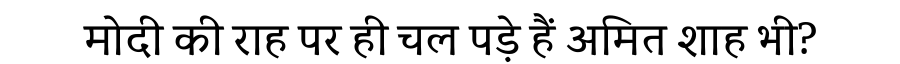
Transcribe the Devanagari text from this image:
मोदी की राह पर ही चल पड़े हैं अमित शाह भी?